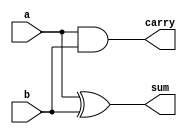
/* 
 * Do not change Module name 
*/
module halfadder(a,b,sum,carry);
    output sum,carry;
    input a,b;
    assign carry=a&b;
    assign sum=a^b;
endmodule
module test;
    reg a1,b1;
    wire carry1,sum1;
    halfadder h1(a1,b1,sum1,carry1);
    initial begin
        $display("a\tb\tcarry\tsum");
        $monitor("%b\t%b\t%b\t%b",a1,b1,carry1,sum1);
        a1=0;b1=0;
        #10
        a1=1;b1=0;
        
    end
endmodule